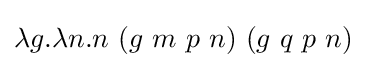
\lambda g.\lambda n.n\ (g\ m\ p\ n)\ (g\ q\ p\ n)